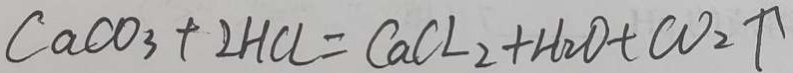
C a C O _ { 3 } + 2 H C l = C a C L _ { 2 } + H _ { 2 } O + C O _ { 2 } \uparrow